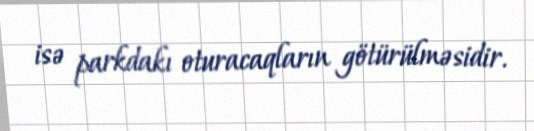
isə parkdakı oturacaqların götürülməsidir.